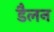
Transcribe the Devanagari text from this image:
डैलन